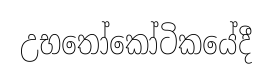
උභතෝකෝටිකයේදී